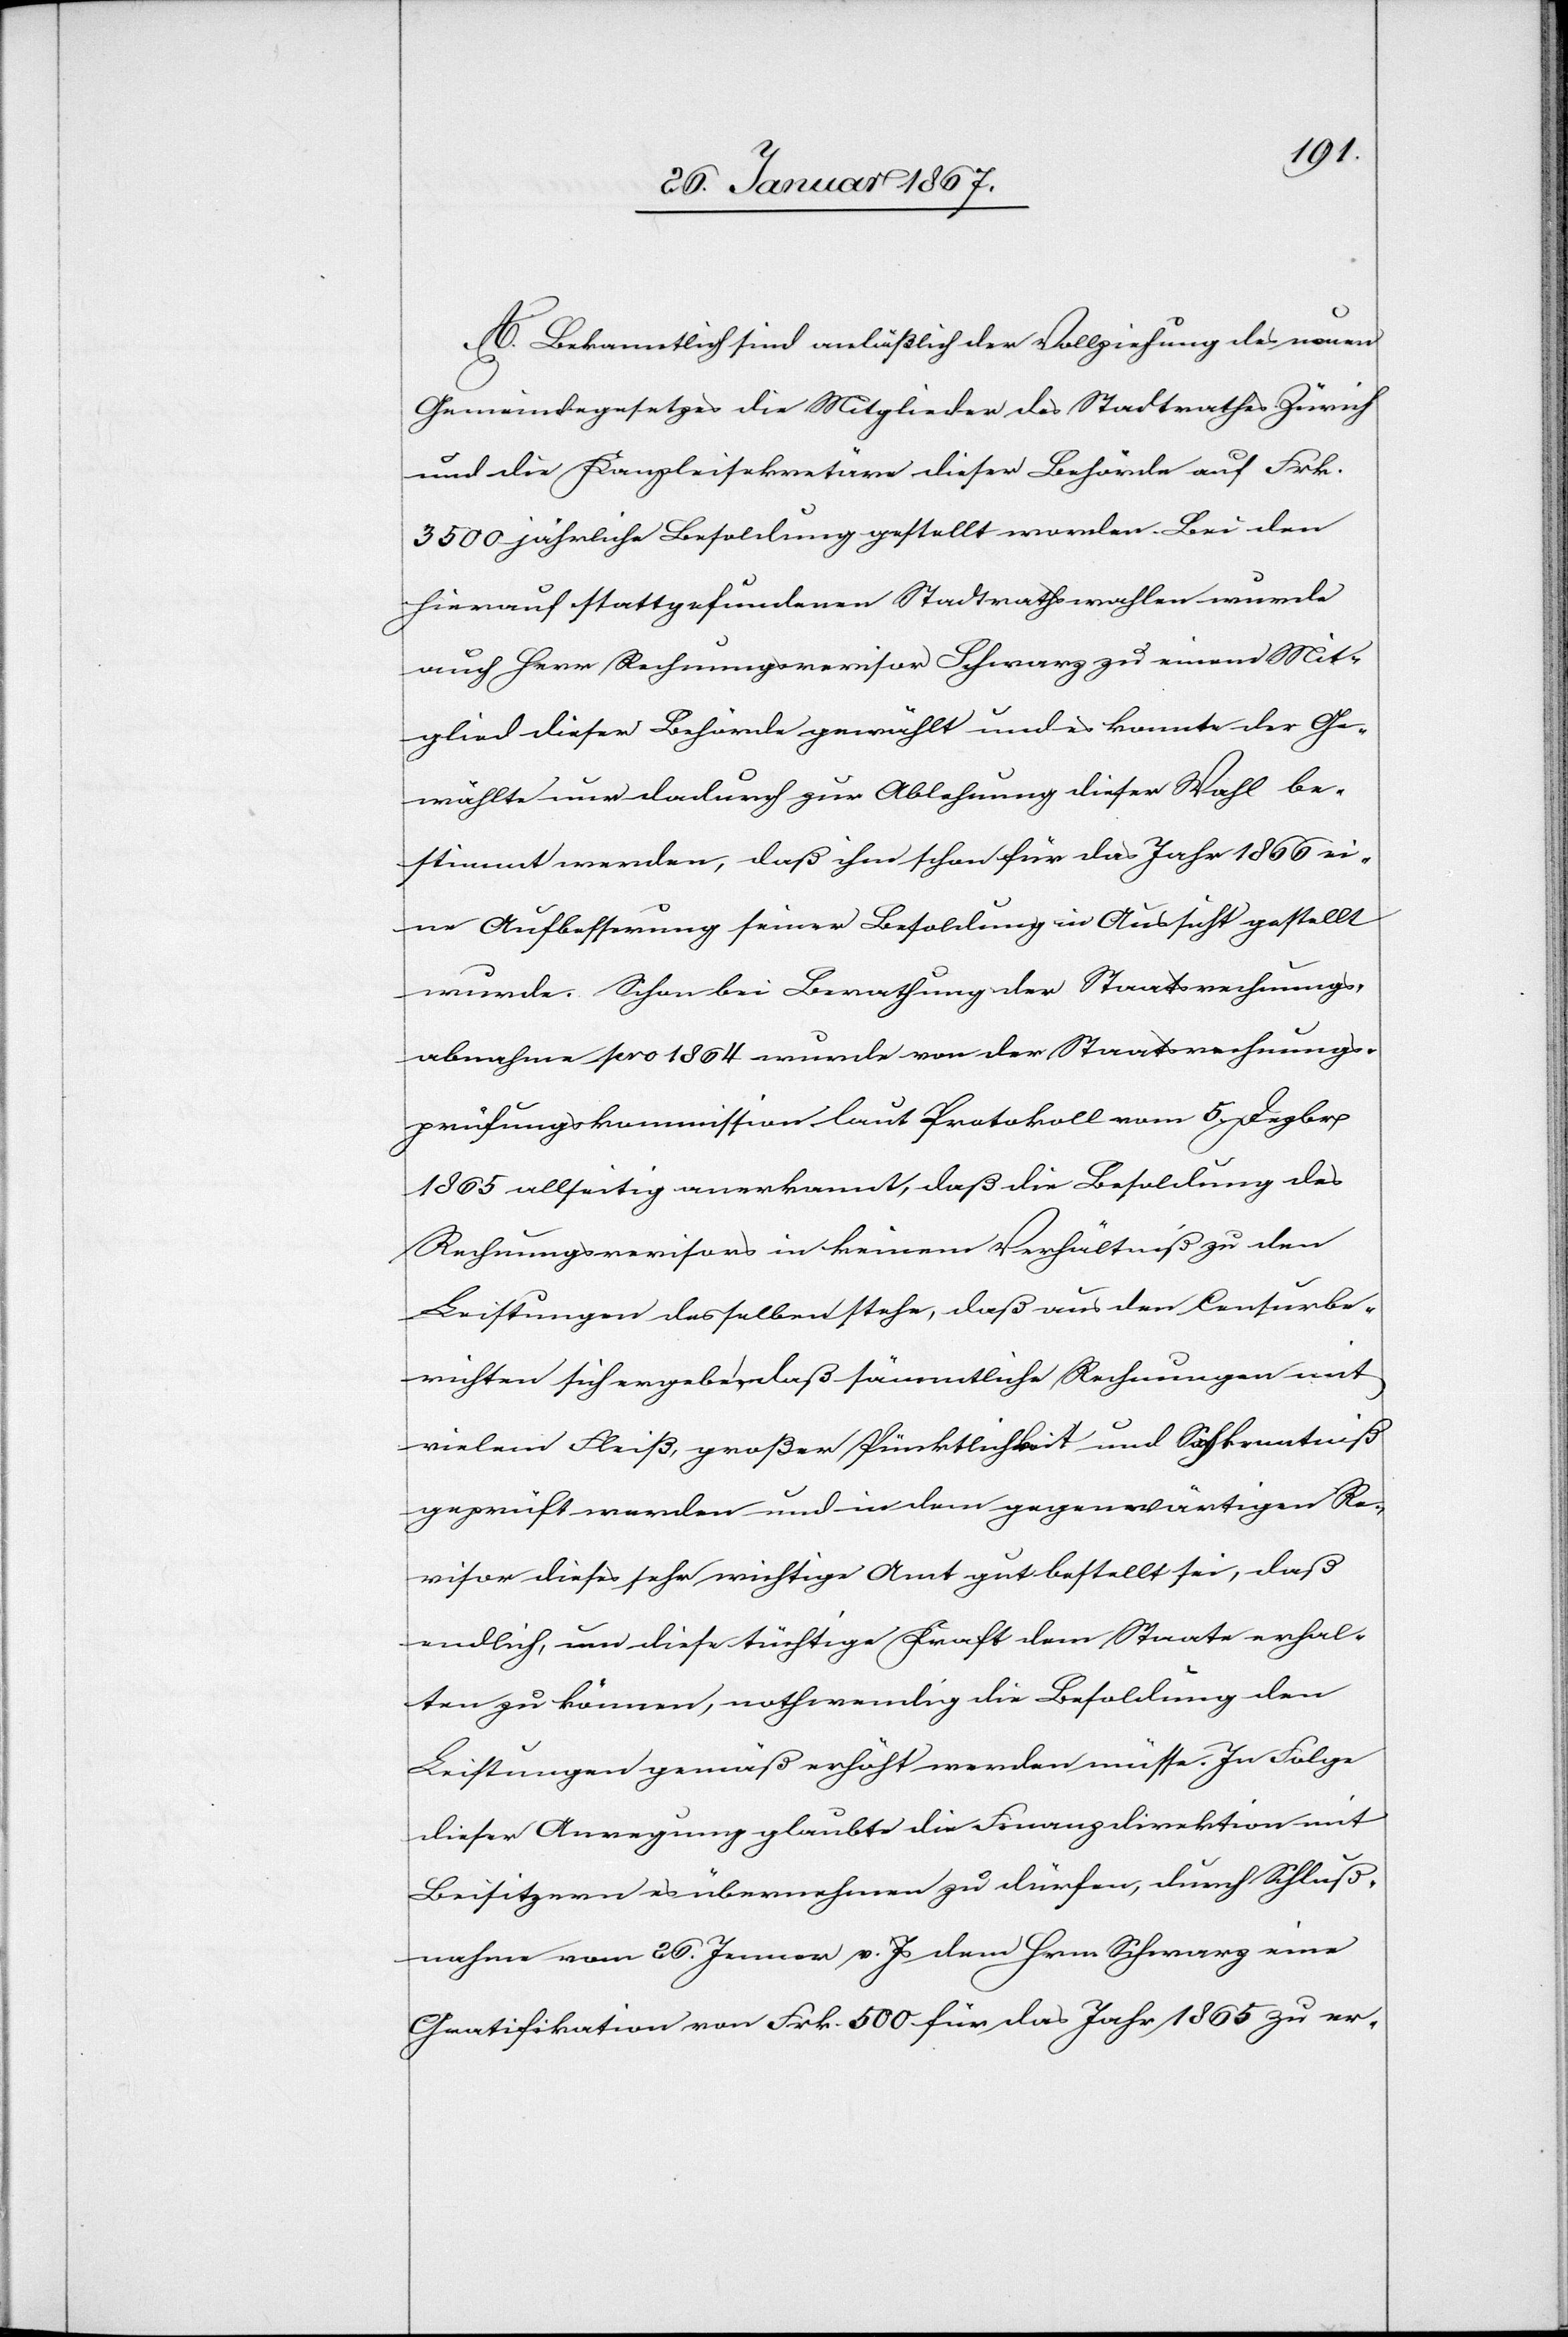
A. Bekanntlich sind anläßlich der Vollziehung des neuen
Gemeindegesetzes die Mitglieder des Stadtrathes Zürich
und die Kanzleisekretäre dieser Behörde auf Frk.
3500 jährliche Besoldung gestellt worden. Bei den
hierauf stattgefundenen Stadtratswahlen wurde
auch Herr Rechnungsrevisor Schwarz zu einem Mit¬
glied dieser Behörde gewählt und es konnte der Ge¬
wählte nur dadurch zur Ablehnung dieser Wahl be¬
stimmt werden, daß ihm schon für das Jahr 1866 ei¬
ne Ausbesserung seiner Besoldung in Aussicht gestellt
wurde. Schon bei Berathung der Staatsrechnungs¬
abnahme pro 1864 wurde von der Staatsrechnungs¬
prüfungskommission laut Protokoll vom 5. Dezbr
1865 allseitig anerkannt, daß die Besoldung des
Rechnungsrevisors in keinem Verhältniß zu den
Leistungen desselben stehe, daß aus den Censurbe¬
richten sich ergebe, daß sämmtliche Rechnungen mit
vielem Fleiß, großer Pünktlichkeit und Sachkenntniß
geprüft werden und in dem gegenwärtigen Re¬
visor dieses schon wichtige Amt gut bestellt sei, daß
endlich, um diese tüchtige Kraft dem Staate erhal¬
ten zu können, nothwendig die Besoldung den
Leistungen gemäß erhöht werden müsse. In Folge
dieser Anregung glaubte die Finanzdirektion mit
Beisitzern es übernehmen zu dürfen, durch Schluß¬
nahme vom 26. Jenner v. Js dem Herrn Schwarz eine
Gratifikation von Frk. 500 für das Jahr 1865 zu er-